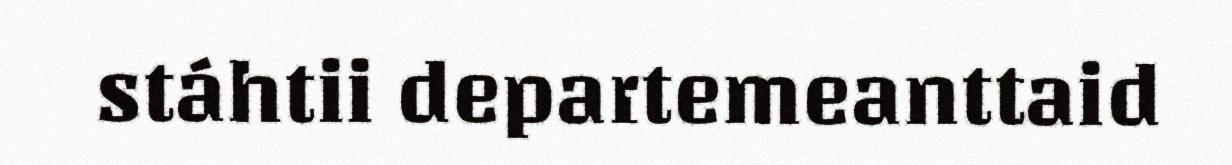
stáhtii departemeanttaid